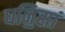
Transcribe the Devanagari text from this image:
धनि॒सां